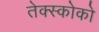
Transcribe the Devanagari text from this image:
तेक्स्कोको